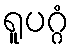
ရူပဂ္ဂံ